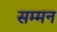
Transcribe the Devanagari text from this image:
सम्‍मन